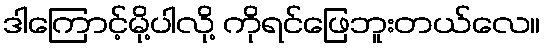
ဒါကြောင့်မို့ပါလို့ ကိုရင်ဖြေဘူးတယ်လေ။